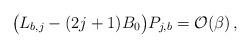
LaTeX: \begin{align*}\big (L_{b,j}-(2j+1)B_0\big )P_{j,b}=\mathcal{O}(\beta)\,,\end{align*}